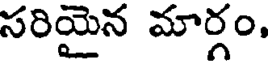
సరియైన మార్గం.